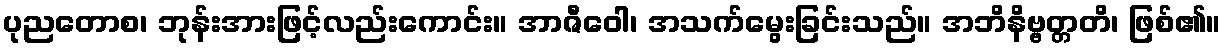
ပုညတောစ၊ ဘုန်းအားဖြင့်လည်းကောင်း။ အာဇီဝေါ၊ အသက်မွေးခြင်းသည်။ အဘိနိဗ္ဗတ္တတိ၊ ဖြစ်၏။